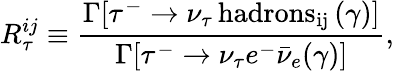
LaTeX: R_{\tau}^{ij}\equiv\frac{\Gamma[\tau^{-}\rightarrow\nu_{\tau}\, \mathrm{hadrons_{ij}}\, (\gamma)]}{\Gamma[\tau^{-}\rightarrow\nu_{\tau}e^{-}{\bar{\nu}}_{e}(\gamma)]},